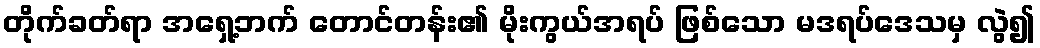
တိုက်ခတ်ရာ အရှေ့ဘက် တောင်တန်း၏ မိုးကွယ်အရပ် ဖြစ်သော မဒရပ်ဒေသမှ လွဲ၍